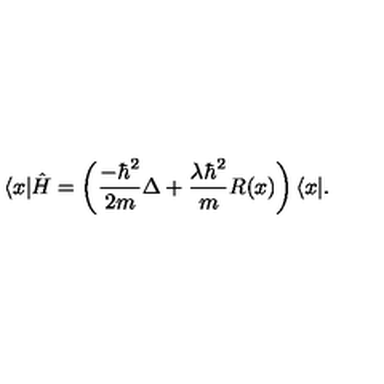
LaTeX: \langle x | \hat { H } = \left( \frac { - \hbar ^ { 2 } } { 2 m } \Delta + \frac { \lambda \hbar ^ { 2 } } { m } R ( x ) \right) \langle x | .